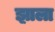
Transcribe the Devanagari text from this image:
झ़ाला